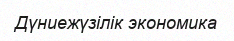
Дүниежүзілік экономика